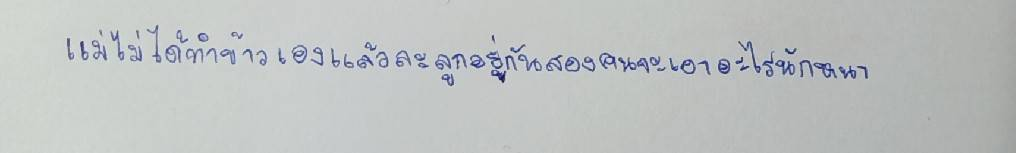
แม่ไม่ได้ทำกับข้าวเองแล้วละลูกอยู่กันสองคนจะเอาอะไรนักหนา